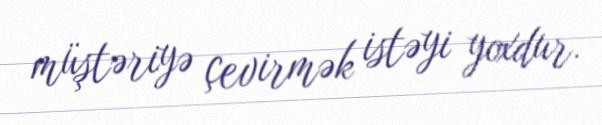
müştəriyə çevirmək istəyi yoxdur.